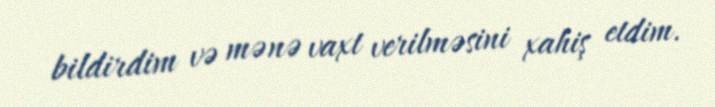
bildirdim və mənə vaxt verilməsini xahiş etdim.